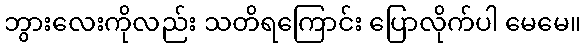
ဘွားလေးကိုလည်း သတိရကြောင်း ပြောလိုက်ပါ မေမေ။